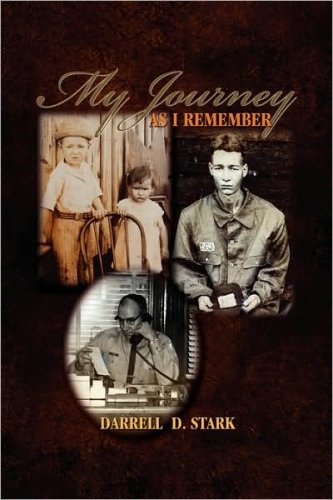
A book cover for My Journey As I Remember; Darrell D. Stark; Biographies & Memoirs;